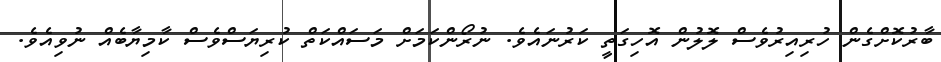
ބާރުކޮށްގެން ހުރިއިރުވެސް ލޮލުން އޮހިގަތީ ކަރުނައެވެ. ނުރޯންކަމަށް މަސައްކަތް ކުރިޔަސްވެސް ކާމިޔާބެއް ނުވިއެވެ.